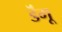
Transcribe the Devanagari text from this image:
डॆंगू